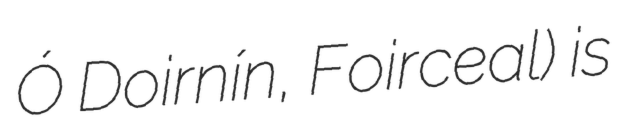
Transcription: Ó Doirnín, Foirceal) is